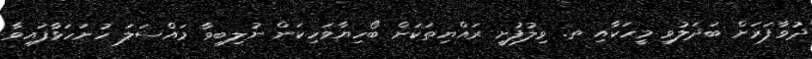
ދުވާފަރަށް ބަދަލުވި މީހަކާއި ތ. ވިލުފުށީ ރައްޔިތަކަށް ބޯހިޔާވަހިކަން ނުލިބިވާ މައްސަލަ ހުށަހަޅާފައިވާ